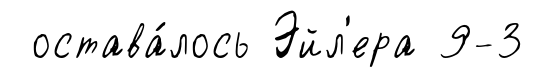
остава́лось Эйл'ера 9-3